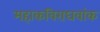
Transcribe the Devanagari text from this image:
महाकविराघवांक